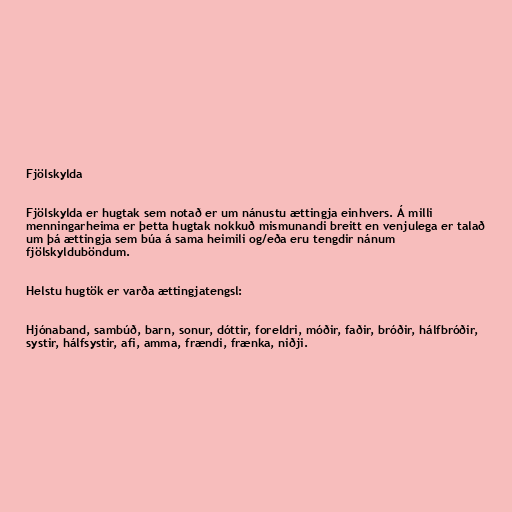
Fjölskylda

Fjölskylda er hugtak sem notað er um nánustu ættingja einhvers. Á milli
menningarheima er þetta hugtak nokkuð mismunandi breitt en venjulega er talað
um þá ættingja sem búa á sama heimili og/eða eru tengdir nánum
fjölskylduböndum.

Helstu hugtök er varða ættingjatengsl:

Hjónaband, sambúð, barn, sonur, dóttir, foreldri, móðir, faðir, bróðir, hálfbróðir,
systir, hálfsystir, afi, amma, frændi, frænka, niðji.